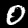
Label: 0